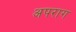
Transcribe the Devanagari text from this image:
अपराग